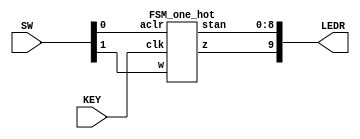
module FSM_one_hot_board(
		input [1:0] SW,
		input [0:0] KEY,
		output [9:0] LEDR);
	
	FSM_one_hot ex1(SW[1],KEY[0],SW[0],LEDR[9], LEDR[8:0]);
	
endmodule


module FSM_one_hot(
		input w, clk, aclr,
		output reg z, output reg [8:0] stan);
			
	reg [8:0] y_Q, Y_D; 	// aktualny stan, nastepny stan
			
	localparam [7:0] A = 8'b00000000, 
		B = 8'b00000001,
		C = 8'b00000010,
		D = 8'b00000100,
		E = 8'b00001000,
		F = 8'b00010000,
		G = 8'b00100000,
		H = 8'b01000000,
		I = 8'b10000000;
			
	always @(*)		// definicja przejsc
		case (y_Q)
			A: 	if (!w) Y_D = B; 	else Y_D = F;
			B: 	if (!w) Y_D = C; 	else Y_D = F;
			C: 	if (!w) Y_D = D; 	else Y_D = F;
			D: 	if (!w) Y_D = E; 	else Y_D = F;
			E: 	if (!w) Y_D = E; 	else Y_D = F;
			F: 	if (!w) Y_D = B; 	else Y_D = G;
			G: 	if (!w) Y_D = B; 	else Y_D = H;
			H: 	if (!w) Y_D = B; 	else Y_D = I;
			I: 	if (!w) Y_D = B; 	else Y_D = I;
			default: 	Y_D = 8'bxxxxxxxx;
		endcase
		
	always @(posedge clk,negedge aclr)	// definicja pamieci
		if (~aclr) 		y_Q <= 0;
		else		y_Q <= Y_D;
	
	always @(*)
		stan <= y_Q;
	
	always @(*)			// definicja wyjsc
		z = (y_Q == E) | (y_Q == I);
		
endmodule